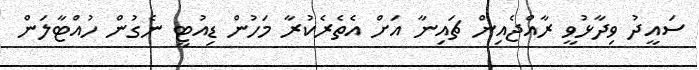
ސައީދު ވިދާޅުވީ ރާއްޖެއިން ޗައިނާ އަށް އެތެރެކުރާ މަހުން ޑިއުޓީ ނެގުން ހުއްޓާލަން